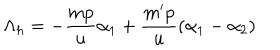
\Lambda _ { h } = - \frac { m p } { u } \alpha _ { 1 } + \frac { m ^ { \prime } p } { u } ( \alpha _ { 1 } - \alpha _ { 2 } )